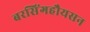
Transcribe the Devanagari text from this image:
बरसिंगहौयसन